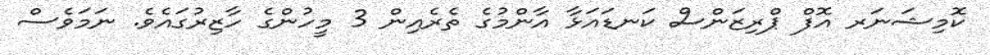
ކޮމިޝަނަރ އޮފް ޕްރިޒަންސް ކަނޑައަޅާ އާންމުގެ ތެރެއިން 3 މީހުންގެ ހާޒިރުގައެވެ. ނަމަވެސް